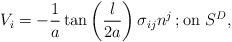
LaTeX: \begin{align*}V_{i}=-\frac{1}{a}\tan\left(\frac{l}{2a}\right)\sigma_{ij}n^{j}\, ; \mbox{on }S^{D},\end{align*}